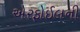
એરફોઈલની